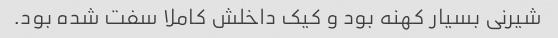
شیرنی بسیار کهنه بود و کیک داخلش کاملا سفت شده بود.